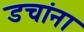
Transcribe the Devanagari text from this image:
डचांना